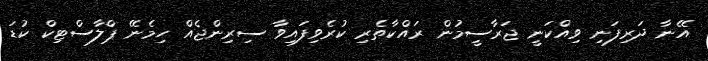
އޭނާ ދަރިފަނި ވިއްކަނީ ޖަރާސީމުން ރައްކާތެރި ކުރެވިފައިވާ ސިރިންޖެއް ހިމެނޭ ޕްލާސްޓިކް ކުޑަ